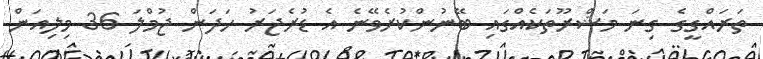
ތަރައްގީގެ ގިނަ މަޝްރޫތަކެއްގައި ބޭނުންކުރެވޭނެ އެ ޑުރެޖަރު ހަދަން ޖުމްލަ 36 މިލިއަން